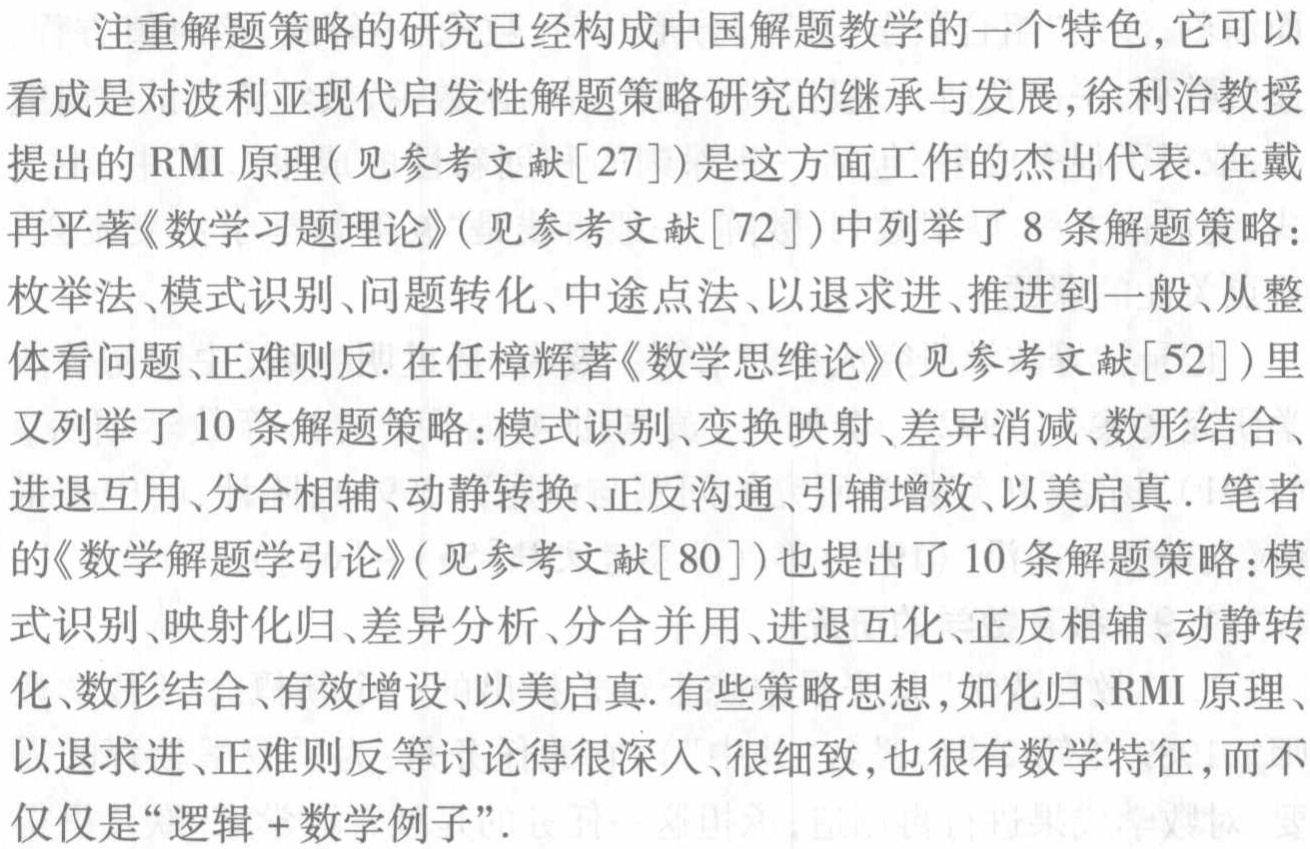
注重解题策略的研究已经构成中国解题教学的一个特色,它可以看成是对波利亚现代启发性解题策略研究的继承与发展,徐利治教授提出的 RMI 原理(见参考文献[27])是这方面工作的杰出代表. 在戴再平著《数学习题理论》(见参考文献[72])中列举了 8 条解题策略：枚举法、模式识别、问题转化、中途点法、以退求进、推进到一般、从整体看问题、正难则反. 在任樟辉著《数学思维论》(见参考文献[52])里又列举了 10 条解题策略：模式识别、变换映射、差异消减、数形结合、进退互用、分合相辅、动静转换、正反沟通、引辅增效、以美启真. 笔者的《数学解题学引论》(见参考文献[80])也提出了 10 条解题策略：模式识别、映射化归、差异分析、分合并用、进退互化、正反相辅、动静转化、数形结合、有效增设、以美启真. 有些策略思想,如化归、RMI 原理、以退求进、正难则反等讨论得很深入、很细致,也很有数学特征,而不仅仅是“逻辑 + 数学例子”.